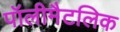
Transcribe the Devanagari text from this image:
पॉलीमैटलिक